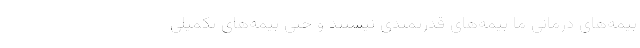
بیمه‌های درمانی ما بیمه‌های قدرتمندی نیستند و حتی بیمه‌های تکمیلی